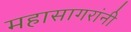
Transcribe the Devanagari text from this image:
महासागरांनी